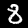
Label: 8